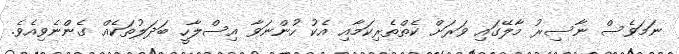
ނަމަވެސް ނާސިރު މާލޭގައި ވަރަށް ކެތްތެރިކަމާއި އެކު ހުންނަވާ އިސްލާހީ ބަދަލުތަކެއް ގެންނެވިއެވެ.